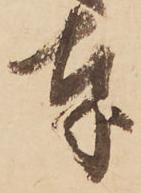
奉